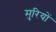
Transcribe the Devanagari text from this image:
मुरियों